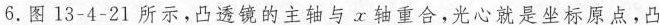
6.图13-4-21所示，凸透镜的主轴与x轴重合,光心就是坐标原点，凸